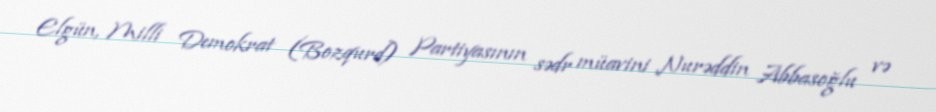
Elgün, Milli Demokrat (Bozqurd) Partiyasının sədr müavini Nurəddin Abbasoğlu və